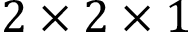
2 \times 2 \times 1